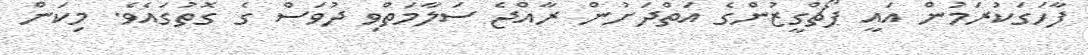
ފާހަގަކުރަމުން އައީ ޕޯޗްގީޒުންގެ އަތްދަށުން ރާއްޖެ ސަލާމަތްވި ދުވަސް ގެ ގޮތުގައެވެ. މިކަން